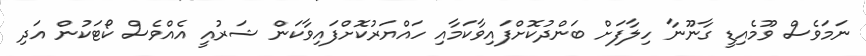
ނަމަވެސް ވޫމެއިޑީ ގާނޫނާ ހިލާފަށް ބަންދުކޮށްފައިވާކަމާއި ހައްޔަރުކޮށްފައިވާކަން ޝަރުއީ އެއްވެސް ކޯޓަކުން އަދި